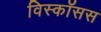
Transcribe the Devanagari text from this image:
विस्कॉसस